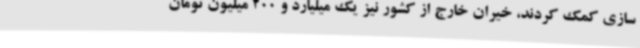
سازی کمک کردند، خیران خارج از کشور نیز یک میلیارد و 200 میلیون تومان